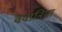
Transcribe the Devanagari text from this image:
ववानिया